Civil Veterinary Department Bengal reports 1923-33 - 1923-1933
Year: 1923
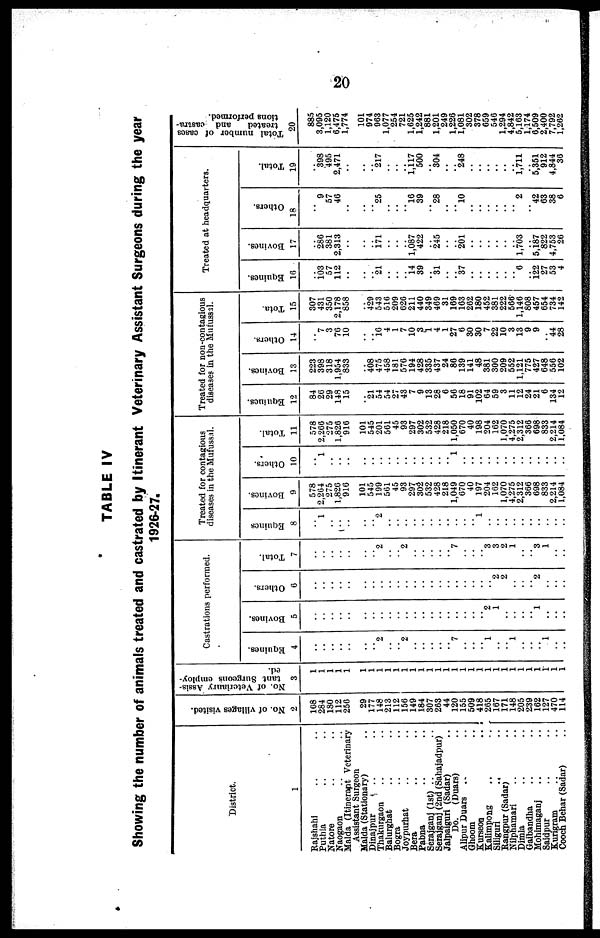
20
TABLE IV
Showing the number of animals treated and castrated by Itinerant Veterinary Assistant Surgeons during the year
1926-27.
District.
1
Rajshahi .. ..
Puthia .. ..
Natore .. ..
Naogaon .. ..
Malda (Itinerapt Veterinary
Assistant Surgeon
Malda (Stationary)
Dinajpur .. ..
Thakurgaon .. ..
Balurghat .. ..
Bogra .. ..
Joypurhat .. ..
Bera .. ..
Pabna .. ..
Serajganj (1st) .. ..
Serajganj (2nd (Sahajadpur)
Jalpaiguri (Sadar) ..
Do. (Duars) ..
Alipur Duars .. ..
Ghoom ..
Kurseon ..
Kalimpong .. ..
Siliguri
..
..
Rangpur (Sadar) ..
Nilphamari .. ..
Dimla .. ..
Gaibandha .. ..
Mohimaganj .. ..
Saidpur .. ..
Kurigram .. ..
Cooch Behar (Sadar) ..
No. of villages visited.
2
108
284
180
112
256
29
177
148
213
112
156
149
184
307
263
44
120
155
509
418
265
167
171
148
205
239
162
127
470
114
No. of Veteriaury Assis-
tant Surgeons employ-
ed.
3
1
1
1
1
1 1
1
1
1
1
1
1
1
1
1
1
1
1
1
1
1
1
1
1
1
1
1
1
1
1
Castrations performed.
Equi nes .
4
..
..
..
..
..
.. ..
.. 2
..
.. 2
..
..
..
..
.. 7
..
..
.. 1
..
1
..
..
.. 1
..
..
Bovines.
5
..
..
..
..
..
.. ..
..
..
..
..
..
..
..
..
..
..
..
..
..
.. 2
1
..
..
..
.. 1
..
..
..
Ot her s .
6
..
..
..
..
..
.. ..
..
..
..
..
..
..
..
..
..
..
..
..
..
..
.. 2
2
..
..
.. 2
..
..
..
Tot al .
7
..
..
..
..
..
.. ..
.. 2
..
.. 2
..
..
..
..
.. 7
..
..
.. 3
3
2
1
..
3
1
..
..
Treated for contagious
diseases in the Mufussal.
Equines
8
..
1
..
..
..
.. ..
.. 2
..
..
..
..
..
..
..
..
..
..
.. 1
..
..
..
..
..
..
..
..
..
..
Bovi ne s .
9
578
2,264
275
1,826
916
101
545
199
561
45
93
297
302 532
428
218
1,049
670
40
197
204
162
1,070
4,275
2,312
366
698
833
2,214
1,084
Ot her s .
10
..
1
..
..
..
.. ..
..
..
..
..
..
..
..
..
..
.. 1
..
..
..
..
..
..
..
..
..
..
..
..
..
Total.
11
578
2,266
275
1,826
916
.. 101
545
201
561
45
93
297
302
532
428
218
1,050
670
40
198
204
162
1,070
4,275
2,312
366
698
833
2,214
1,084
Treated for non-contagious
diseases in the Mufussal.
Equi nes .
12
84
20
29
148
15
..
.. 21
54
54
97
43
7
9
13
28
6
56
18
91
102
64
59
3
11
12
24
21
6
134
12
Bovines.
13
223
398
318
1,954
833
..
.. 408
475
458
181
576
194
428
335
437
24
86
139
141
48
381
300
209
552
1,121
775
427
648
556
102
Ot her s .
14
..
7
3
76
10
..
..
16 4
1
7
10
3
1
4
1
27
6
30
30
7
22
10
3
13
9
9
44
28
Tota.
15
307
431
350
2,178
858
..
.. 429
543
510
209
626
211
440
349
469
31
169
163
262
180
452
381
222
566.
1,146
808
457
654
734
142
Treated at headquarters.
Equines.
10
..
103 57
112
..
.. ..
.. 21
..
..
.. 14 39
.. 31
..
.. 37
..
..
..
..
..
.. 6
.. i22
27
53
4
Bovi ne s .
17
..
286
381
2,313
..
.. ..
.. 171
..
..
.. 1,087
422
.. 245
..
.. 201
..
..
..
..
..
.. 1,703
.. 5,187
822
4,753
26
Ot her s .
18
..
9
57
46
..
.. ..
25
..
..
.. l6
39
.. 28
..
.. 10
..
..
..
..
..
..
2
.. 42
63
38
6
Tot al .
19
..
398
495
2,471
..
.. ..
.. 217
..
..
.. 1,117
500
.. 304
..
.. 248
..
..
..
..
..
.. 1,711
.. 5,351
912
4,844
36
Total number of cases
treated
and castra-
tions performed.
20
885
3,095
1,120
6,475
1,774
101
974
963
1,077
254
721
1,625
1,242
881
1,201
249
1,226
1,081
302
378
659
546
1,294
4,842
5,163
1,174
6,509
2,400
7,792
1,262